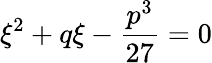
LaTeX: \xi^{2}+q\xi-\frac{p^{3}}{27}=0